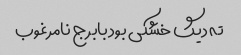
ته دیگ خشکی بود بابرج نامرغوب